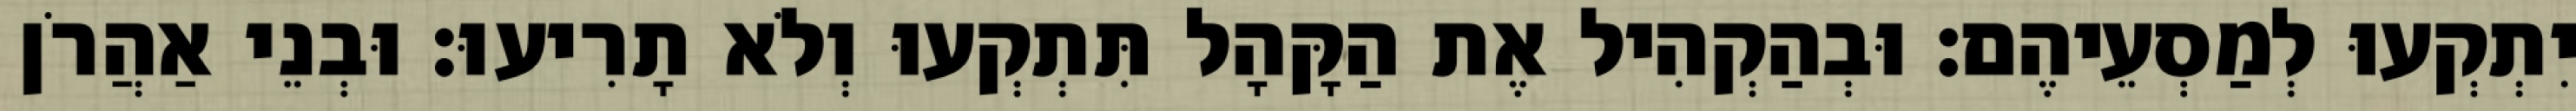
יִתְקְעוּ לְמַסְעֵיהֶם׃ וּבְהַקְהִיל אֶת הַקָּהָל תִּתְקְעוּ וְלֹא תָרִיעוּ׃ וּבְנֵי אַהֲרֹן